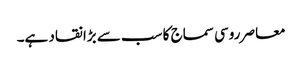
معاصر روسی سماج کا سب سے بڑا نقاد ہے۔